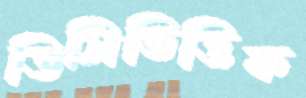
ডিসিভিত্তিক